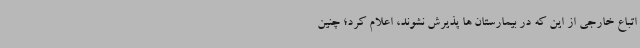
اتباع خارجی از این که در بیمارستان ها پذیرش نشوند، اعلام کرد؛ چنین